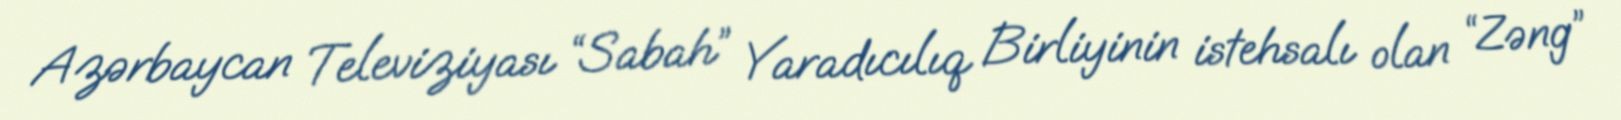
Azərbaycan Televiziyası “Sabah” Yaradıcılıq Birliyinin istehsalı olan “Zəng”